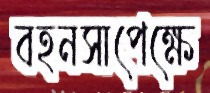
বহনসাপেক্ষে